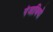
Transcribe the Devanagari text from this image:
पंजाबियो